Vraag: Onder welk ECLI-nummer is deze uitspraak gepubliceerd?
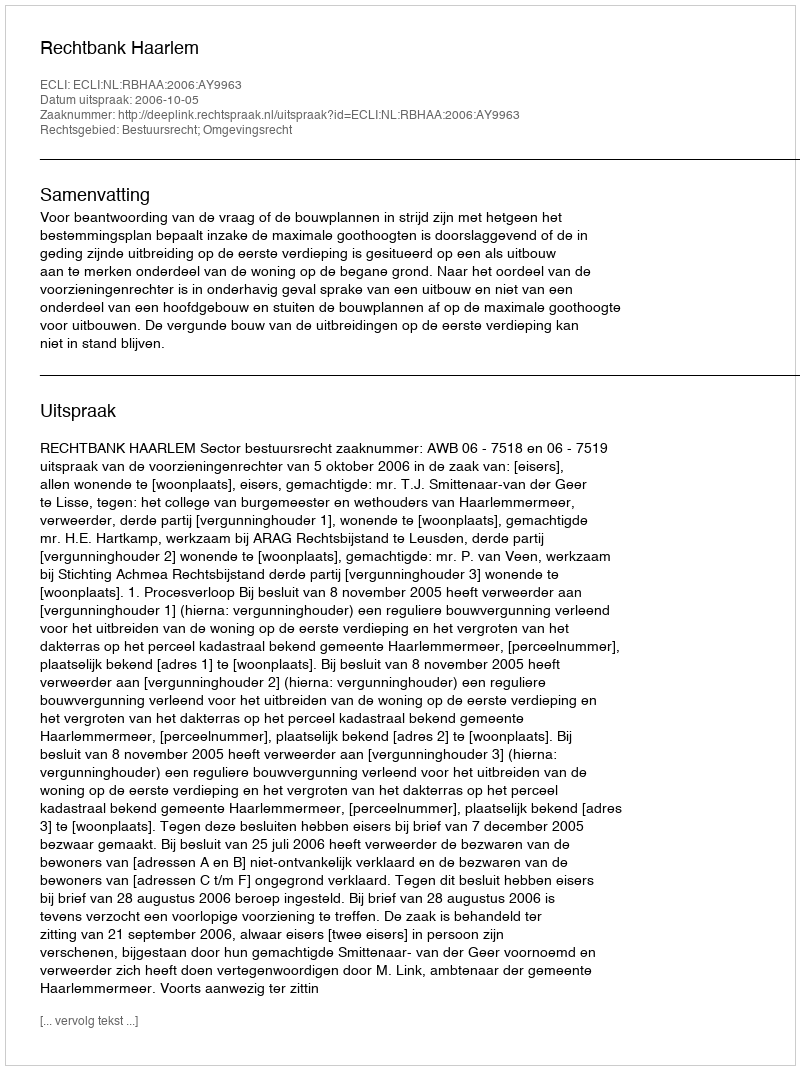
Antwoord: ECLI:NL:RBHAA:2006:AY9963